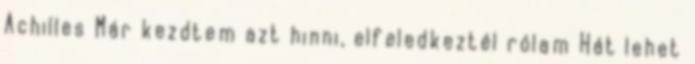
Achilles Már kezdtem azt hinni, elfeledkeztél rólam Hát lehet